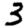
Digit: 3